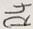
Text: R4